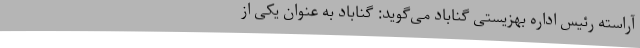
آراسته رئیس اداره بهزیستی گناباد می‌گوید: گناباد به عنوان یکی از